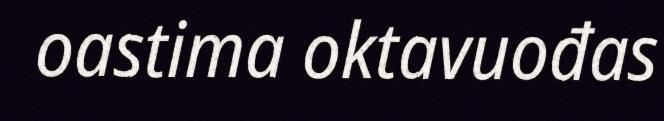
oastima oktavuođas